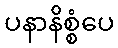
ပနာနိစ္စံပေ